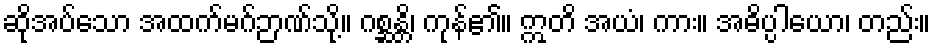
ဆိုအပ်သော အထက်မဂ်ဉာဏ်သို့။ ဂစ္ဆန္တိ၊ ကုန်၏။ ဣတိ အယံ၊ ကား။ အဓိပ္ပါယော၊ တည်း။